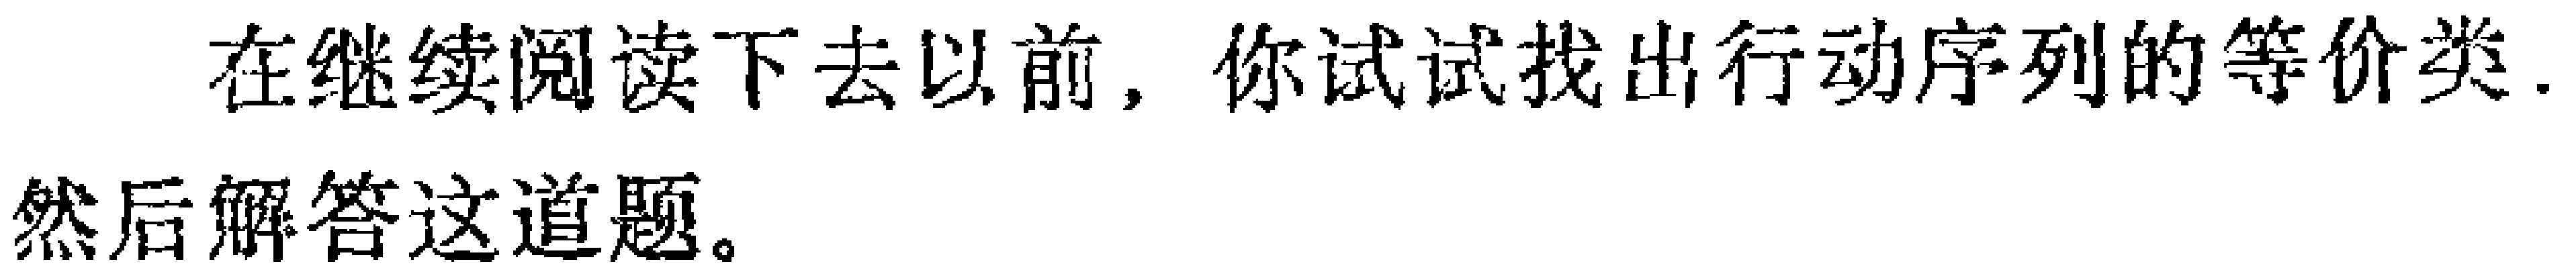
在继续阅读下去以前，你试试找出行动序列的等价类.然后解答这道题。